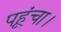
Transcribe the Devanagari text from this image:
पहूंचा।